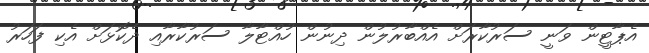
އެޕާޓީން ވަނީ ސަރުކާރަށް އެއްބާރުލުން ދިނުން ހުއްޓާލާ ސަރުކާރާއި ދެކޮޅަށް އެކި ފަހަރު